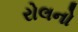
રોલનો